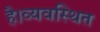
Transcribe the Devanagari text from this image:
है।व्यवस्थित